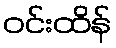
ဝင်းထိန်